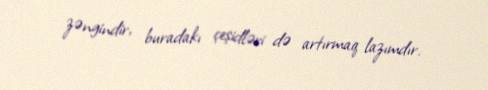
zəngindir, buradakı çeşidləri də artırmaq lazımdır.